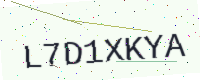
Text: L7D1XKYA